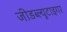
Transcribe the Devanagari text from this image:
जीडब्ल्यूटाइगर